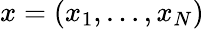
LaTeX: x=(x_{1},\ldots,x_{N})